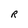
Character: R